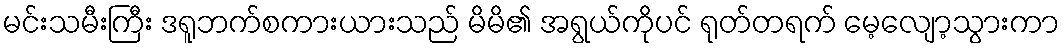
မင်းသမီးကြီး ဒရူဘက်စကားယားသည် မိမိ၏ အရွယ်ကိုပင် ရုတ်တရက် မေ့လျော့သွားကာ